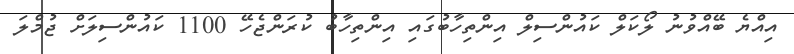
އިއްޔެ ބޭއްވުނު ލޯކަލް ކައުންސިލް އިންތިހާބުގައި އިންތިހާބު ކުރަންޖެހޭ 1100 ކައުންސިލަށް ޖުމްލަ